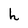
Character: h